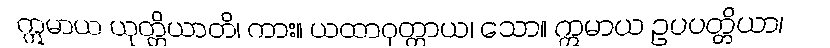
ဣမာယ ယုတ္တိယာတိ၊ ကား။ ယထာဝုတ္တာယ၊ သော။ ဣမာယ ဥပပတ္တိယာ၊